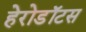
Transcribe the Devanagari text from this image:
हेरोडॉटस